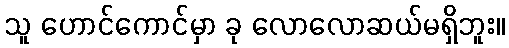
သူ ဟောင်ကောင်မှာ ခု လောလောဆယ်မရှိဘူး။